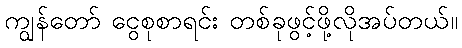
ကျွန်တော် ငွေစုစာရင်း တစ်ခုဖွင့်ဖို့လိုအပ်တယ်။